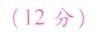
(12分)